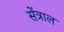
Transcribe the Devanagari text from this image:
सेंत्राल